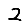
Digit: 2